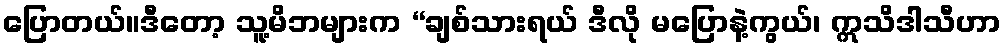
ပြောတယ်။ဒီတော့ သူ့မိဘများက “ချစ်သားရယ် ဒီလို မပြောနဲ့ကွယ်၊ ဣသိဒါသီဟာ